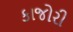
કાજોરી